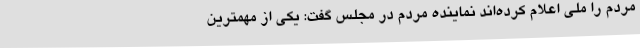
مردم را ملی اعلام کرده‌اند نماینده مردم در مجلس گفت: یکی از مهمترین